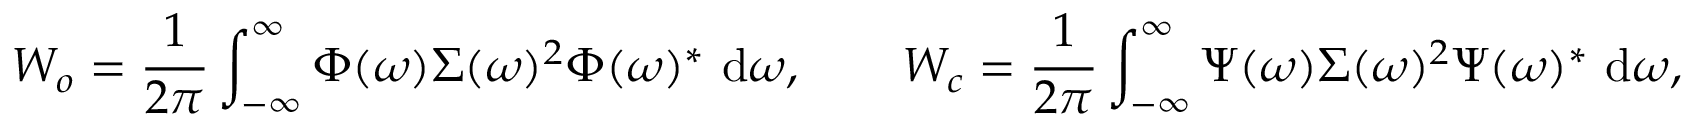
\b { W _ { o } } = \frac { 1 } { 2 \pi } \int _ { - \infty } ^ { \infty } \b { \Phi } ( \omega ) \b { \Sigma } ( \omega ) ^ { 2 } \b { \Phi } ( \omega ) ^ { * } ~ \mathrm { d } \omega , \qquad \b { W _ { c } } = \frac { 1 } { 2 \pi } \int _ { - \infty } ^ { \infty } \b { \Psi } ( \omega ) \b { \Sigma } ( \omega ) ^ { 2 } \b { \Psi } ( \omega ) ^ { * } ~ \mathrm { d } \omega ,